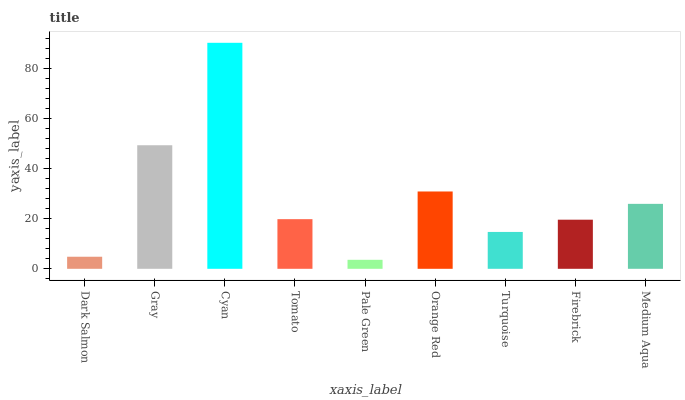
| xaxis_label | bars |
 | --- | --- |
 | Dark Salmon | 4.82 |
 | Gray | 49.4 |
 | Cyan | 90.3 |
 | Tomato | 19.8 |
 | Pale Green | 3.6 |
 | Orange Red | 30.9 |
 | Turquoise | 14.7 |
 | Firebrick | 19.6 |
 | Medium Aqua | 26 |